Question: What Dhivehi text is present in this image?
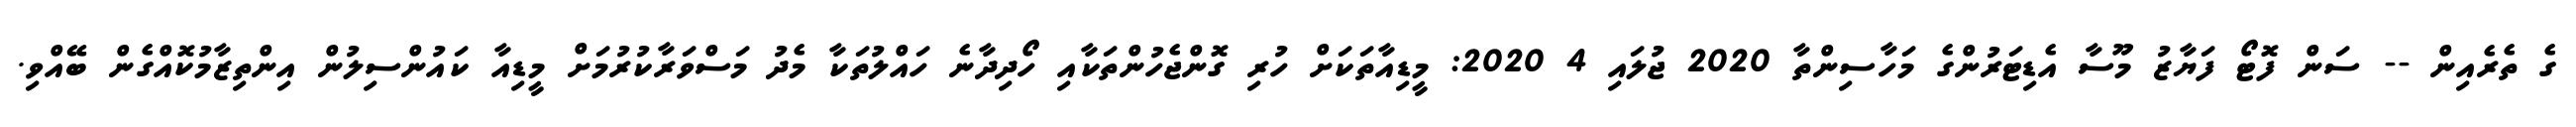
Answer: ގެ ތެރެއިން -- ސަން ފޮޓޯ ފަޔާޒު މޫސާ އެޑިޓަރުންގެ މަހާސިންތާ 2020 ޖުލައި 4 2020: މީޑިއާތަކަށް ހުރި ގޮންޖެހުންތަކާއި ހޯދިދާނެ ހައްލުތަކާ މެދު މަސްވަރާކުރުމަށް މީޑިއާ ކައުންސިލުން އިންތިޒާމުކޮއްގެން ބޭއްވި.